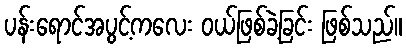
ပန်းရောင်အပွင့်ကလေး ဝယ်ဖြစ်ခဲ့ခြင်း ဖြစ်သည်။